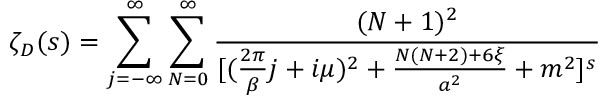
\zeta _ { \cal D } ( s ) = \sum _ { j = - \infty } ^ { \infty } \sum _ { N = 0 } ^ { \infty } { \frac { ( N + 1 ) ^ { 2 } } { [ ( { \frac { 2 \pi } { \beta } } j + i \mu ) ^ { 2 } + { \frac { N ( N + 2 ) + 6 \xi } { a ^ { 2 } } } + m ^ { 2 } ] ^ { s } } }